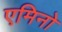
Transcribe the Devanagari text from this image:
एमिनो